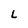
Character: L